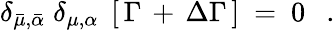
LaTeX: \delta_{\bar{\mu},\bar{\alpha}}\; \delta_{\mu,\alpha}\; \left[\, \Gamma\, +\, \Delta\Gamma\, \right]\ =\ 0\ \ \ .